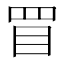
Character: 𥄲